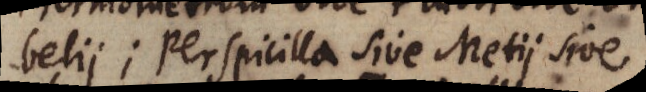
belii; perspicilla sive Metii sive